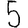
Digit: 5